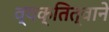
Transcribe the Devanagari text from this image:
व्यक्तित्वाने